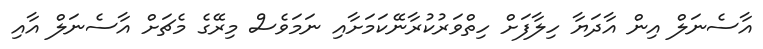
އާސެނަލް އިން އާދަޔާ ހިލާފަށް ހިތްވަރުކުރާނޭކަމަށާއި ނަމަވެސް މިރޭގެ މެޗަށް އާސެނަލް އާއި